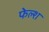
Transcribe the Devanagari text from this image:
फेल्श